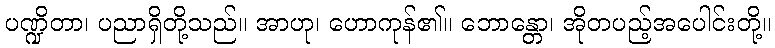
ပဏ္ဍိတာ၊ ပညာရှိတို့သည်။ အာဟု၊ ဟောကုန်၏။ ဘောန္တော၊ အိုတပည့်အပေါင်းတို့။